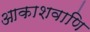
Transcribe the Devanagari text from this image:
आकाशवाणि